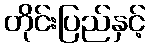
တိုင်းပြည်နှင့်